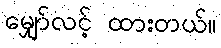
မျှော်လင့် ထားတယ်။